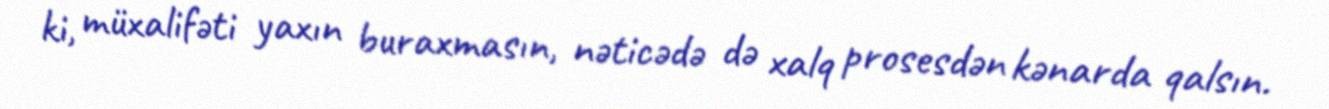
ki, müxalifəti yaxın buraxmasın, nəticədə də xalq prosesdən kənarda qalsın.